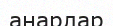
анарлар